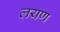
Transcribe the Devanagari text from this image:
लयण